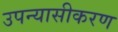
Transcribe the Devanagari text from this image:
उपन्‍यासीकरण